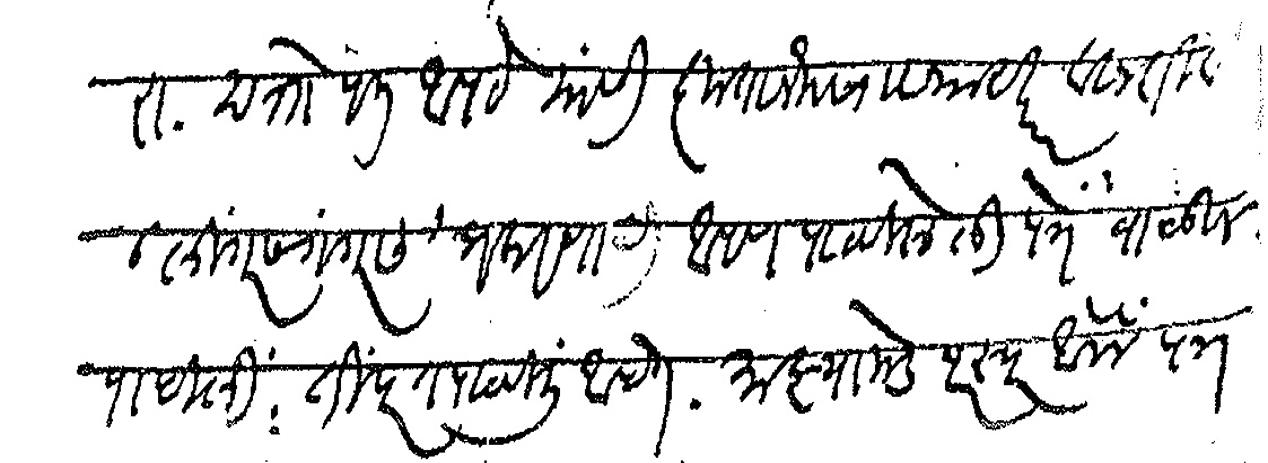
Transliteration (Devanagari): रा दत्तोपंत आपटे यांसी कृतानेक सा नमस्कार विनंती वि लिंगरस गंगरस प्रकरणाची आपण पाठविलेली पत्रे वाचून पहिली ती परत पाठविली आहेत माझ्याकडे परस्पर आलेले पत्र